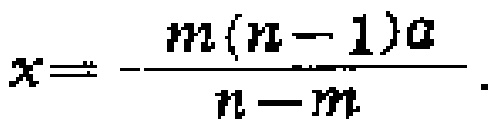
\(x = -\frac{m(n - 1)a}{n - m}\)